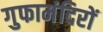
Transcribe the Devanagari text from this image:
गुफामंदिरों